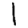
Digit: 1